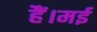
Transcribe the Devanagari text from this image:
हैं।मई